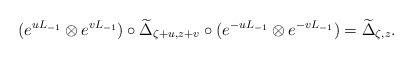
LaTeX: \begin{align*}(e^{u L_{-1}}\otimes e^{v L_{-1}})\circ{\widetilde \Delta}_{\zeta +u,z +v}\circ(e^{-u L_{-1}}\otimes e^{-v L_{-1}}) = {\widetilde \Delta}_{\zeta,z}.\end{align*}